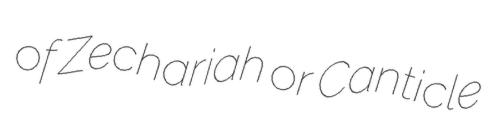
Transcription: of Zechariah or Canticle